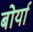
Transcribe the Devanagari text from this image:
बोर्या